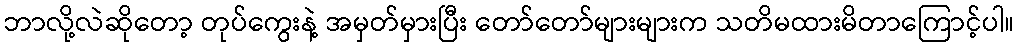
ဘာလို့လဲဆိုတော့ တုပ်ကွေးနဲ့ အမှတ်မှားပြီး တော်တော်များများက သတိမထားမိတာကြောင့်ပါ။